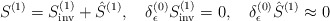
\begin{align*}S^{(1)}=S^{(1)}_{\mathrm{inv}}+\hat S^{(1)},\quad\delta^{(0)}_\epsilon S^{(1)}_{\mathrm{inv}}=0,\quad\delta^{(0)}_\epsilon \hat S^{(1)}\approx 0\end{align*}